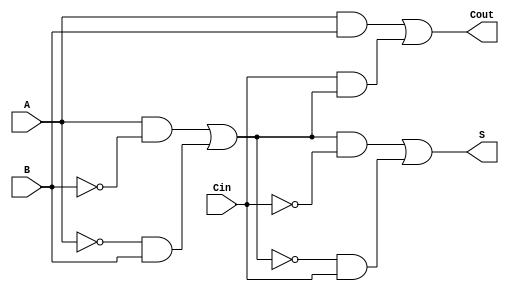
module TransmissionGateFullAdder (
    input wire A,      // First binary input
    input wire B,      // Second binary input
    input wire Cin,    // Carry input
    output wire S,     // Sum output
    output wire Cout   // Carry output
);

// Intermediate signals
wire AB_xor, AxorB_Cin_xor;
wire AB_and, Cin_and;

// XOR Implementation using Transmission Gates
// AB = A XOR B
assign AB_xor = (A & ~B) | (~A & B); // Standard XOR logic

// S = A XOR B XOR Cin
assign AxorB_Cin_xor = (AB_xor & ~Cin) | (~AB_xor & Cin); // S = (A XOR B) XOR Cin
assign S = AxorB_Cin_xor;

// AND Gates Implementation 
// AB = A AND B
assign AB_and = A & B;

// Cin_and = Cin AND (A XOR B)
assign Cin_and = Cin & AB_xor;

// Cout = (A AND B) OR (Cin AND (A XOR B))
assign Cout = AB_and | Cin_and;

endmodule